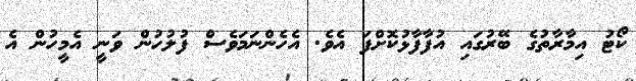
ކޯޓު އިމާރާތުގެ ބޭރުގައި އުފާފާޅުކޮށްފަ އެވެ. އެހެންނަމަވެސް ފުލުހުން ވަނީ އެމީހުން އެ